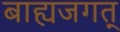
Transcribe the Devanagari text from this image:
बाह्यजगत्